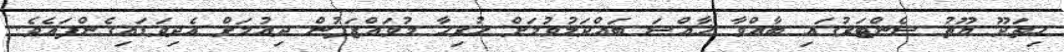
ހިތަދޫ ޔޫތު ސެންޓަރުގައި ބާއްވާ ޚާއްސަ ބައްދަލުވުމަށް ހުރިހާ މުވައްޒަފުން ދިއުމަށް އެދިވަޑައިގެންފައެވެ.